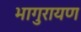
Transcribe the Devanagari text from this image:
भागुरायण